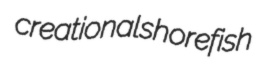
creational shorefish